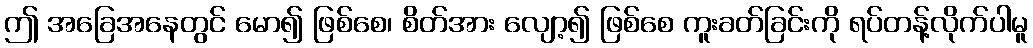
ဤ အခြေအနေတွင် မော၍ ဖြစ်စေ၊ စိတ်အား လျော့၍ ဖြစ်စေ ကူးခတ်ခြင်းကို ရပ်တန့်လိုက်ပါမူ